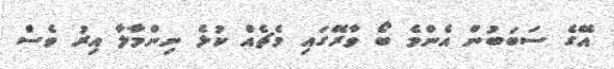
އޭގެ ސަބަބުން އެންމެ ބޯ ވާރޭގައި މެޗެއް ކުޅެ ނިންމާލާ އިރު ވެސް